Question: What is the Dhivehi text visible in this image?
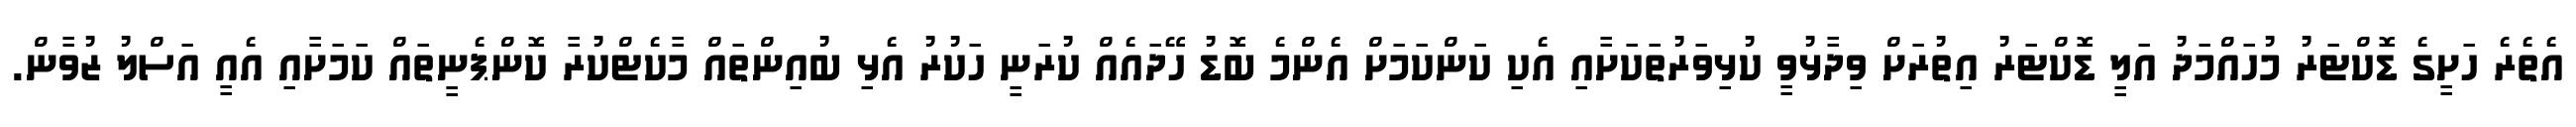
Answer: އެތެރެ ހަށީގެ ޑޮކްޓަރު މުހައްމަދު އަލީ ޑޮކްޓަރު އިތުރަށް ވިދާޅުވީ ކުޅިވަރުތަކަށާއި އެކި ކަންކަމަށް އެންމެ ބޮޑު ހޭދައެއް ކުރަނީ ހަކުރު އެޅި ބުއިންތައް މާކެޓްކުރާ ކޮންޕެނީތައް ކަމަށާއި އެއީ އަސްލު ޒުވާން.